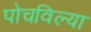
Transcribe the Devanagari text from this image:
पोचविल्या